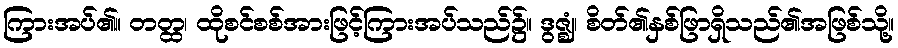
ကြားအပ်၏။ တတ္ထ၊ ထိုစင်စစ်အားဖြင့်ကြားအပ်သည်၌။ ဒွဇ္ဈံ၊ စိတ်၏နှစ်ဖြာရှိသည်၏အဖြစ်သို့။